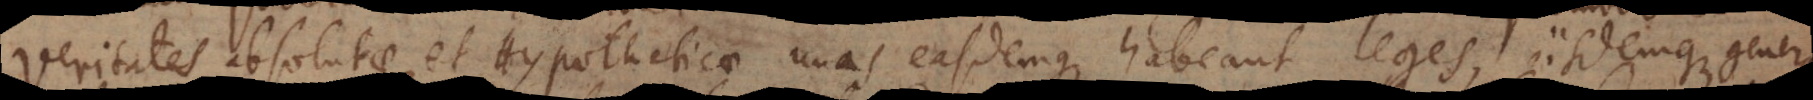
veritates absolutae et Hypotheticae unas easdemque habeant leges, iisdemque gener